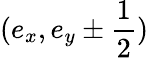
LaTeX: {(e_{x},e_{y}\pm\frac{1}{2})}